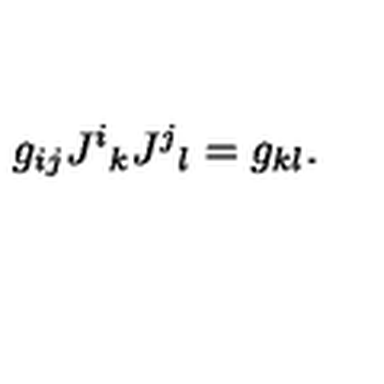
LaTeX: g _ { i j } J ^ { i } { } _ { k } J ^ { j } { } _ { l } = g _ { k l } .